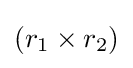
(r_{1}\times r_{2})